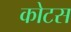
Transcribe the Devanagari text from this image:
कोटस